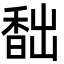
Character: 䭯